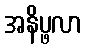
အနိပ္ဖလာ